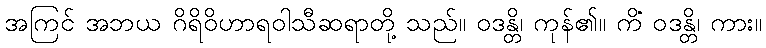
အကြင် အဘယ ဂိရိဝိဟာရဝါသီဆရာတို့ သည်။ ဝဒန္တိ၊ ကုန်၏။ ကိံ ဝဒန္တိ၊ ကား။